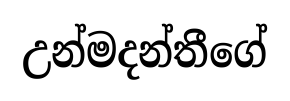
උන්මදන්තීගේ